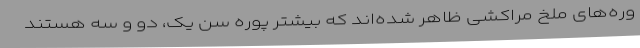
وره‌های ملخ مراکشی ظاهر شده‌اند که بیشتر پوره سن یک، دو و سه هستند